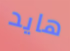
هايد